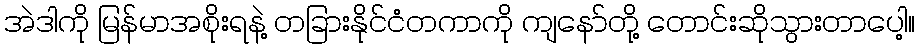
အဲဒါကို မြန်မာအစိုးရနဲ့ တခြားနိုင်ငံတကာကို ကျနော်တို့ တောင်းဆိုသွားတာပေါ့။